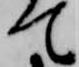
て